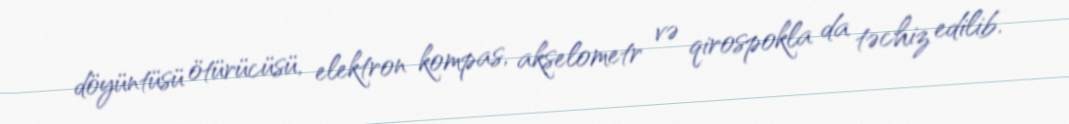
döyüntüsü ötürücüsü, elektron kompas, akselometr və qirospokla da təchiz edilib.